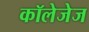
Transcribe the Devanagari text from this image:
कॉलेजेज